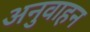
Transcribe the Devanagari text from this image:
अनुवाहन